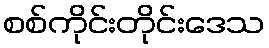
စစ်ကိုင်းတိုင်းဒေသ